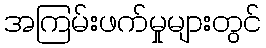
အကြမ်းဖက်မှုများတွင်